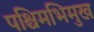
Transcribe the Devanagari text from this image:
पश्चिमभिमुख